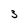
Character: 3